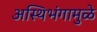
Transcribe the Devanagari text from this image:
अस्थिभंगामुळे